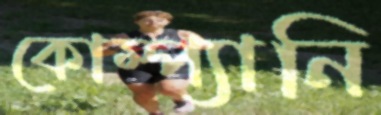
কোম্প্যানি